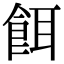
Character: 餌